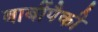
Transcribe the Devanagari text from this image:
बाबींपैकी